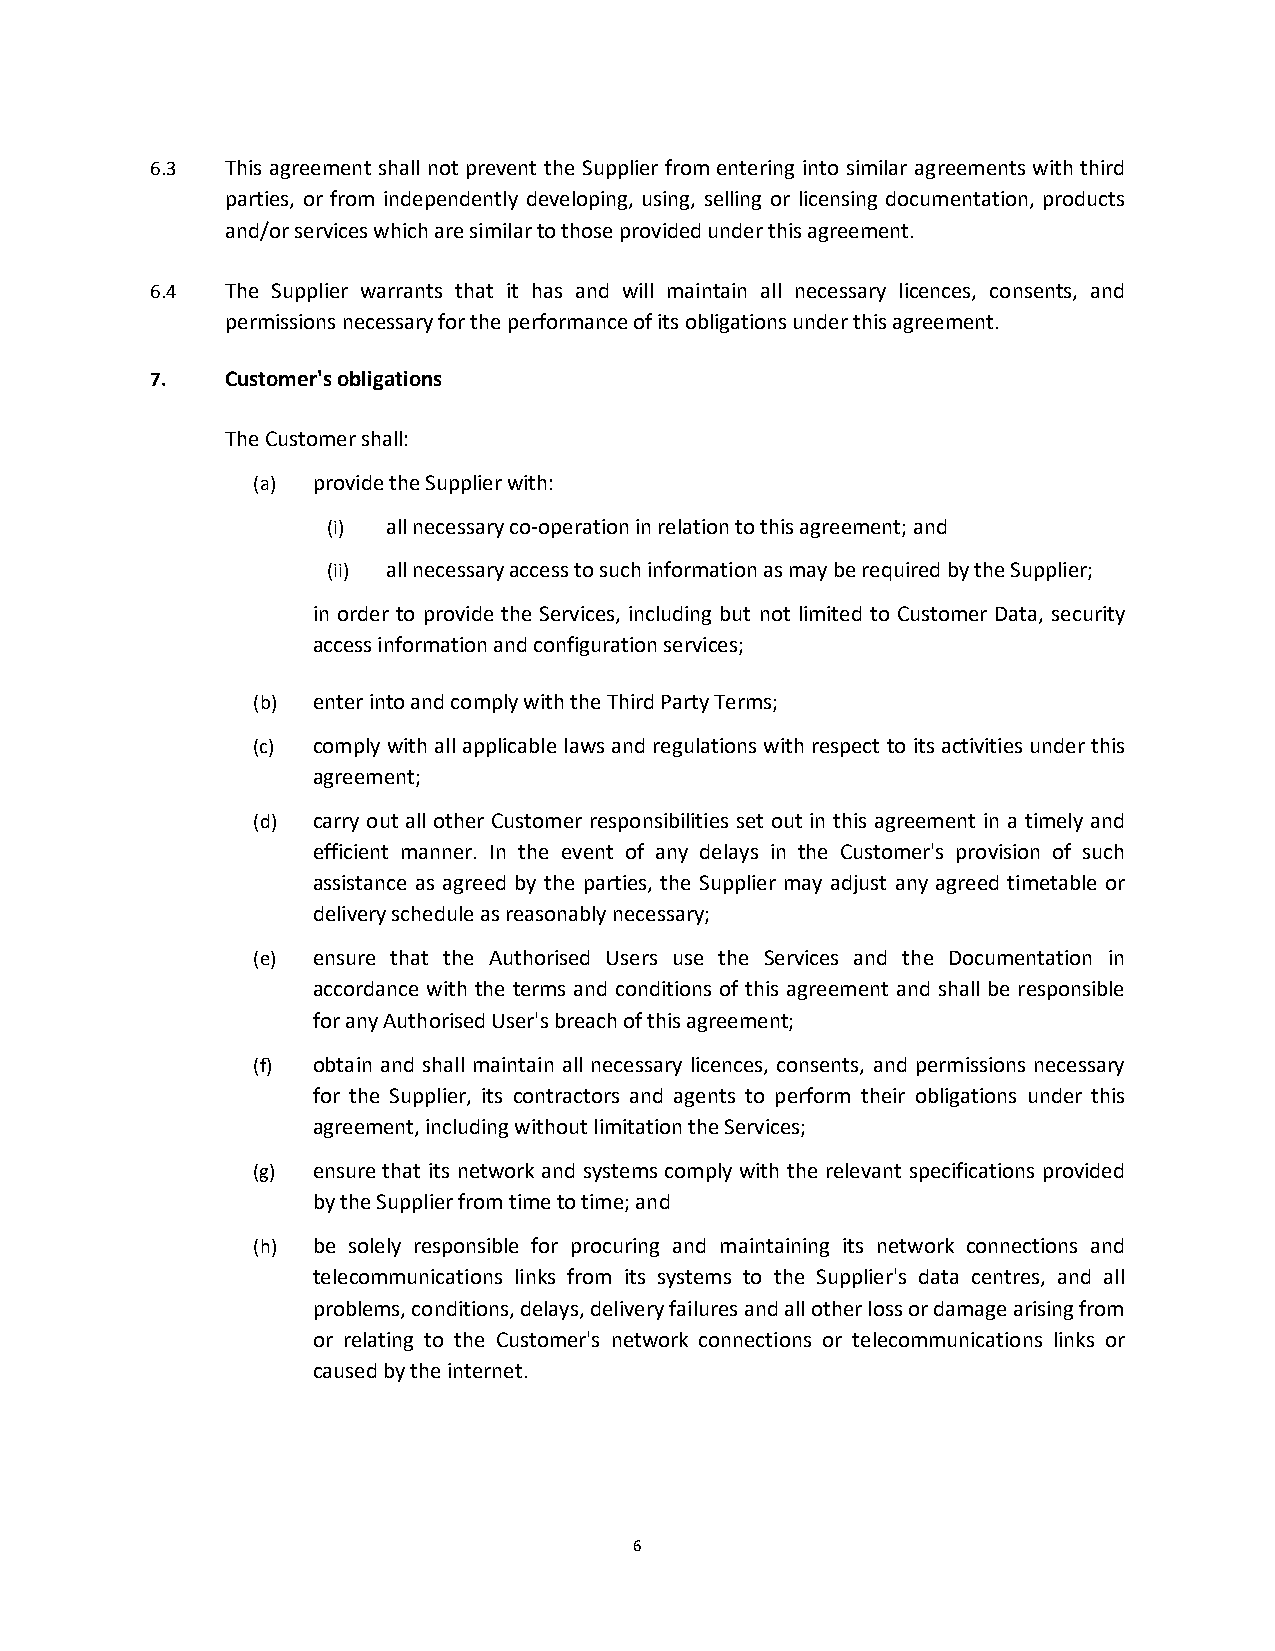
6.3  This agreement shall not prevent the Supplier from entering into similar agreements with third
 parties, or from independently developing, using, selling or licensing documentation, products
 and/or services which are similar to those provided under this agreement.
 6.4  The Supplier warrants that it has and will maintain all necessary licences, consents, and
 permissions necessary for the performance of its obligations under this agreement.
 7.   Customer's obligations
 The Customer shall:
 (a) provide the Supplier with:
 (i) all necessary co-operation in relation to this agreement; and
 (ii) all necessary access to such information as may be required by the Supplier;
 in order to provide the Services, including but not limited to Customer Data, security
 access information and configuration services;
 (b) enter into and comply with the Third Party Terms;
 (c) comply with all applicable laws and regulations with respect to its activities under this
 agreement;
 (d) carry out all other Customer responsibilities set out in this agreement in a timely and
 efficient manner. In the event of any delays in the Customer's provision of such
 assistance as agreed by the parties, the Supplier may adjust any agreed timetable or
 delivery schedule as reasonably necessary;
 (e) ensure that the Authorised Users use the Services and the Documentation in
 accordance with the terms and conditions of this agreement and shall be responsible
 for any Authorised User's breach of this agreement;
 (f) obtain and shall maintain all necessary licences, consents, and permissions necessary
 for the Supplier, its contractors and agents to perform their obligations under this
 agreement, including without limitation the Services;
 (g) ensure that its network and systems comply with the relevant specifications provided
 by the Supplier from time to time; and
 (h) be solely responsible for procuring and maintaining its network connections and
 telecommunications links from its systems to the Supplier's data centres, and all
 problems, conditions, delays, delivery failures and all other loss or damage arising from
 or relating to the Customer's network connections or telecommunications links or
 caused by the internet.
 6